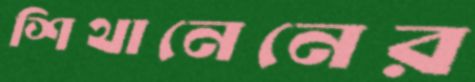
শিথানেনের